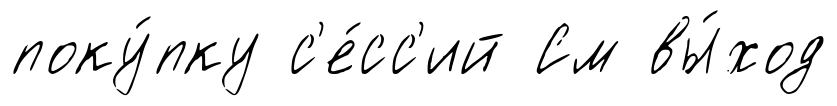
поку́пку с'е́сс'ий См вы́ход